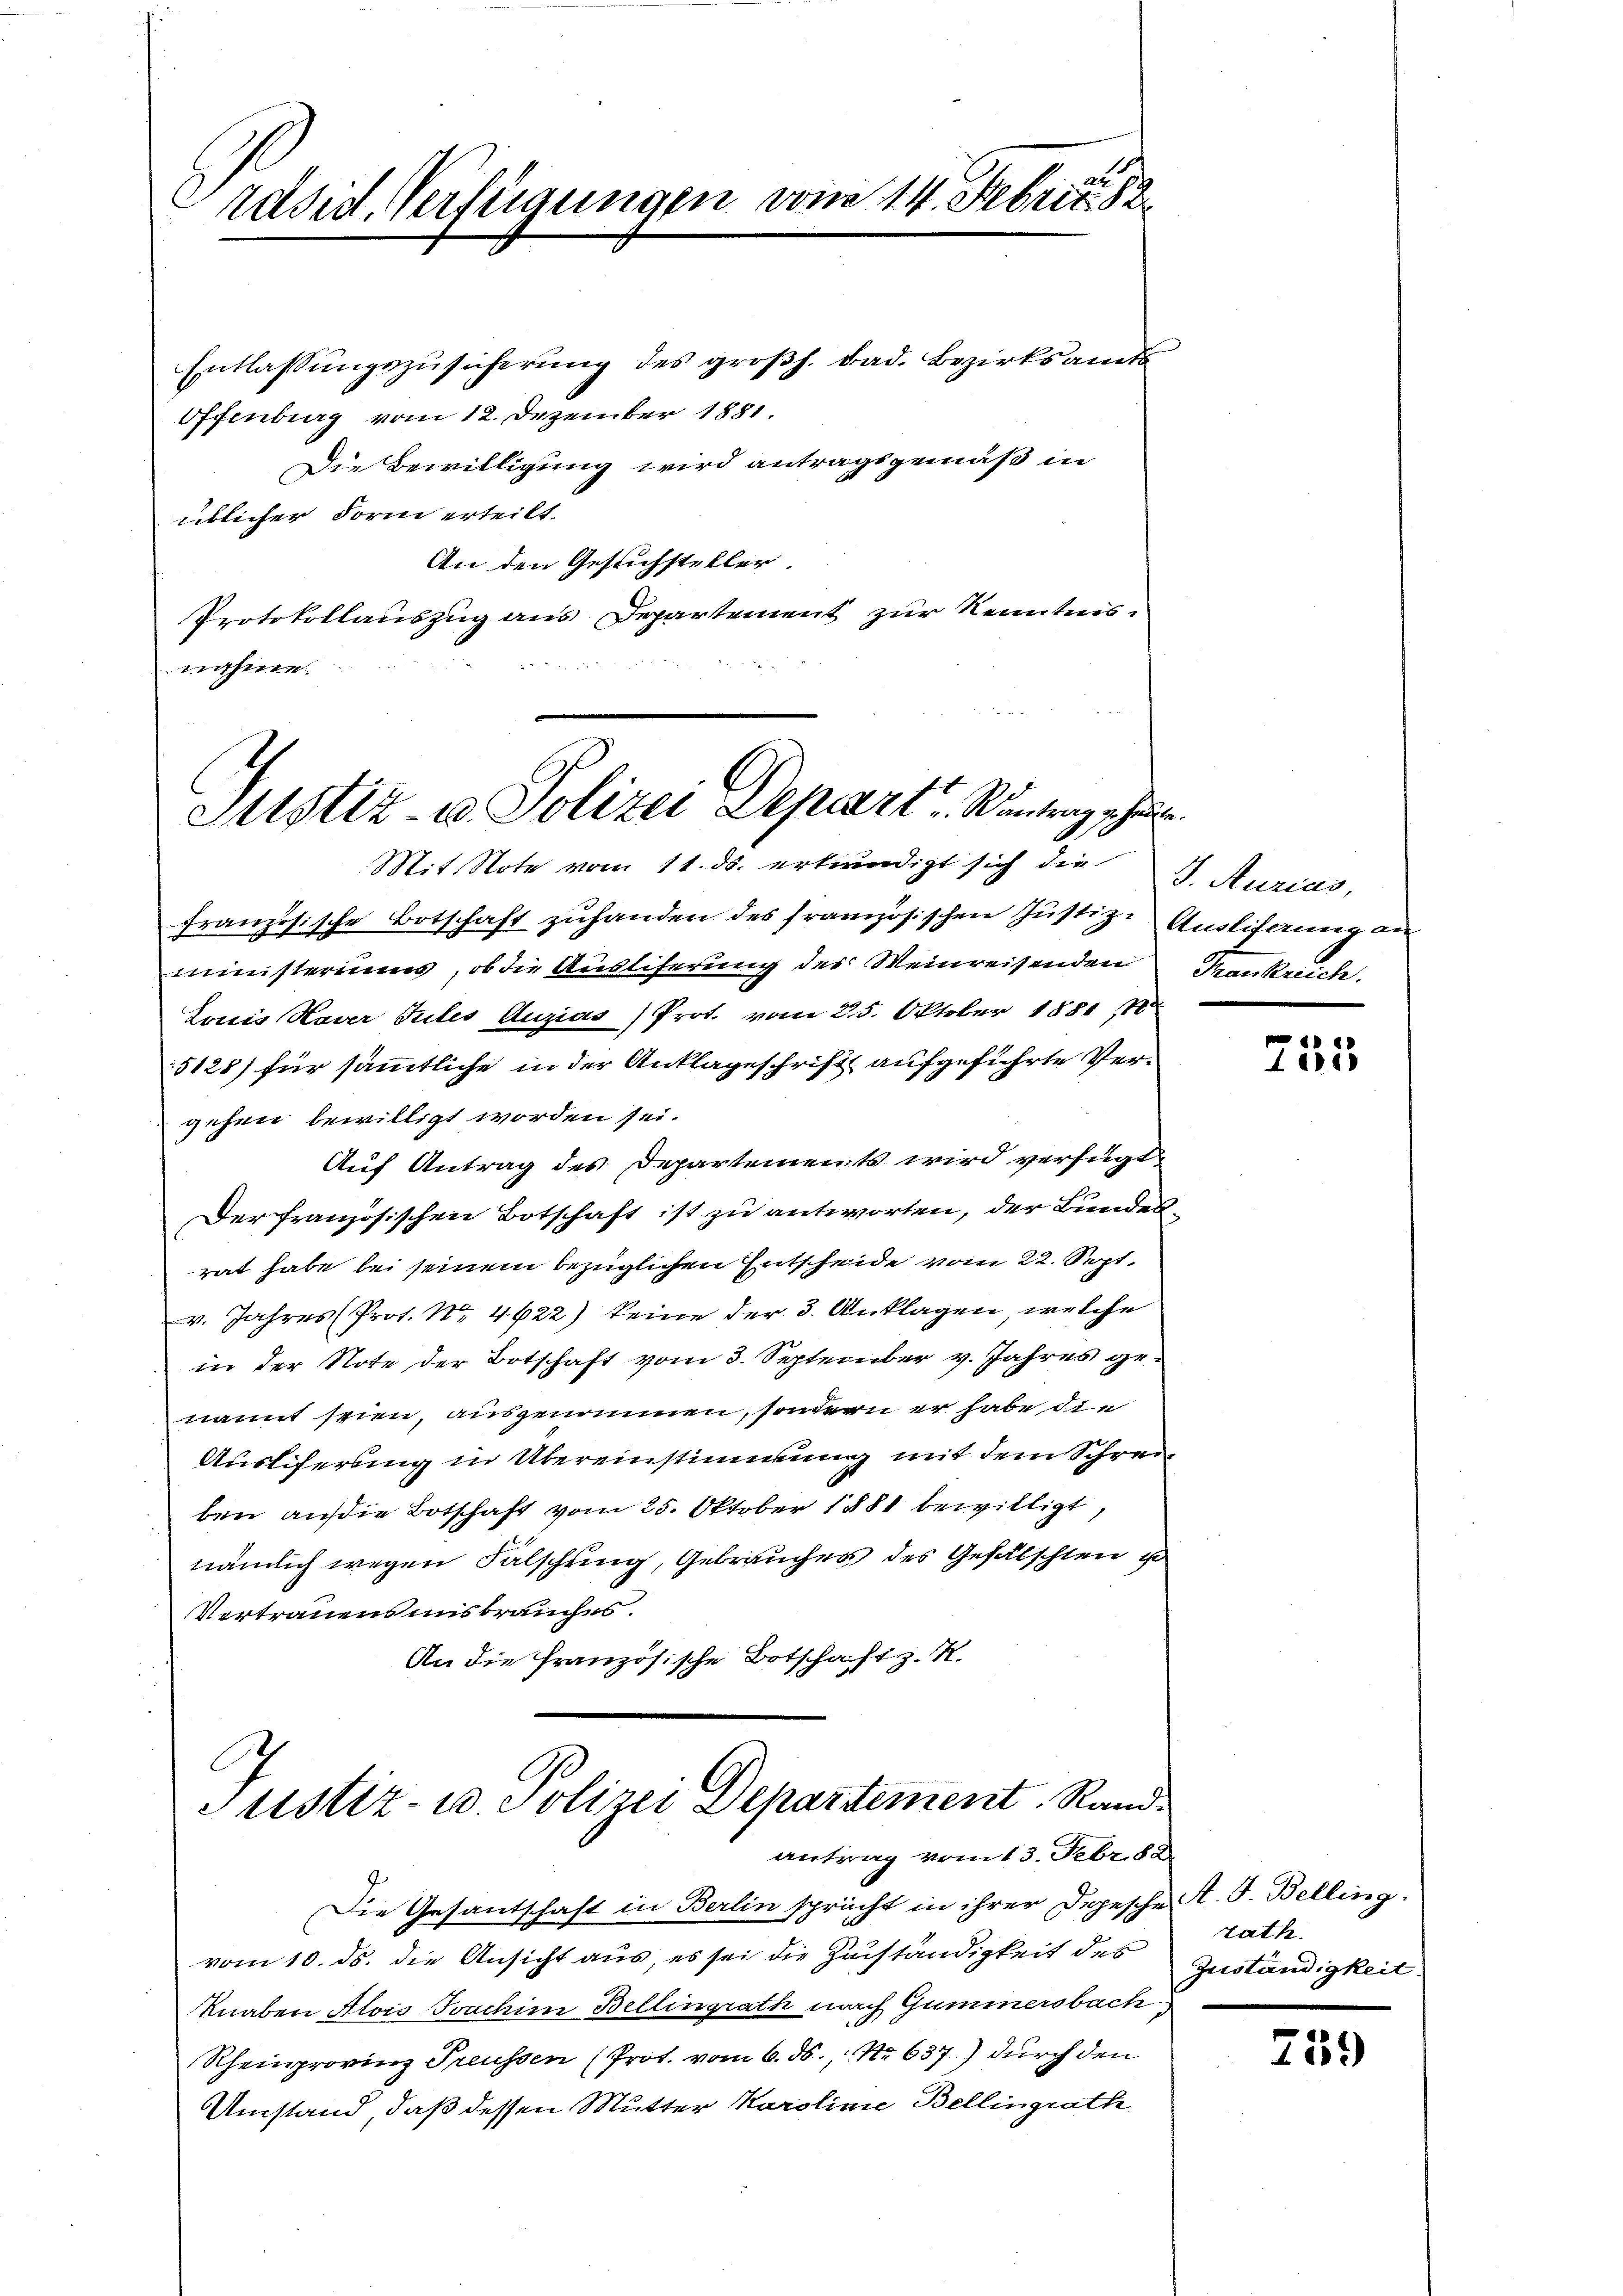
Präsid. Verfügungen vom 14. Februa

Justiz- & Polizei Depart. Rentenz ehr

Entlassŭngszusicherung des großh. bad. Bezirksamt
Offenbrag vom 12. Dezember 1881.
Die Bewilligung wird antragsgemäß in
üblicher Form erteilt.
An den Gesuchsteller.
Protokollauszug aus Departement zur Kenntnis-

nahme.

Mit Note vom 11. ds. erkwürdigt sich die Aurials,
französische Botschaft zuhanden des französischen Justiz- Ausliferung an
ministeriums, ob die Ausliterung des Weinreisenden
Louis Haver Sules Auzias Prot. vom 25. Oktober 1881 (1
5128) für sämmtliche in der Anklageschrift aufgeführte Vergehen bewilligt worden sei.
Auf Antrag des Departements wird verfügt:
Der französischen Botschaft ist zu antworten, der Bundesrat habe bei seinem bezüglichen Entscheide vom 22. Sept.
v. Jahres (Prot. Nr. 4622) keine der 3. Anklagen, welche
in der Note der Botschaft vom 3. September v. Jahres genannt seien, ausgenommen, sondern er habe die
Ausliferung in Übereinstimmung mit dem Schreiben auf die Botschaft vom 25. Oktober 1881 bewilligt,
nämlich wegen Falschung, Gebräuches des Gefälschten u
Vertrauens uns brauches.
An die französische Botschaft z. K.

A
Justiz- u. Polizei Departement. Rand.
antrag vom 13. Febr. 188

Die Gesantschaft in Berlin spricht in ihrer Depesche A. G. Belling.
vom 10. ds. die Ansicht aus, es sei die Zuständigkeit des
Knaben Alois Soachim Bellingrath nach Gummersbach
Rheinprovinz Preussen (Prot. vom 6. ds., No 637) durch den
Umstand, daß dessen Mutter Karolinie Bellingrath

Frankreich.

p
e

tath.
Zuständigkeit.

759